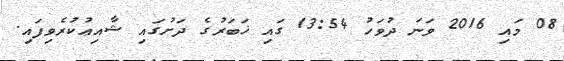
08 މައި 2016 ވަނަ ދުވަހު 13:54 ގައި ޚަބަރުގެ ދަށުގައި ޝާއިޢުކުރެވިފައި.